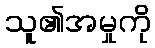
သူ၏အမှုကို